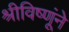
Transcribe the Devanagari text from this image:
श्रीविष्णूंने